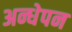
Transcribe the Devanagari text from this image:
अन्धेपन